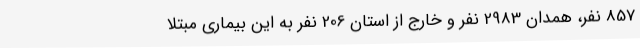
857 نفر، همدان 2983 نفر و خارج از استان 206 نفر به این بیماری مبتلا